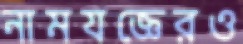
নামযজ্ঞেরও